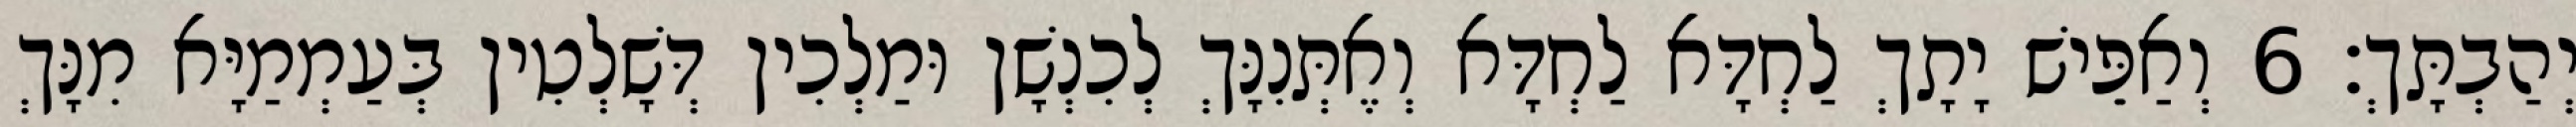
יְהַבְתָּךְ׃ 6 וְאַפֵּישׁ יָתָךְ לַחְדָּא לַחְדָּא וְאֶתְּנִנָּךְ לְכִנְשָׁן וּמַלְכִין דְּשָׁלְטִין בְּעַמְמַיָּא מִנָּךְ